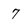
Character: 7